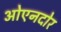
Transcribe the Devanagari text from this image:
ओएनदोर